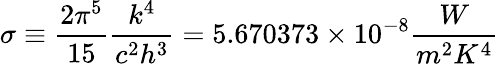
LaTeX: \sigma\equiv{\frac{2\pi^{5}}{15}}{\frac{k^{4}}{c^{2}h^{3}}}=5.670373\times 10^{-8}{\frac{W}{m^{2}K^{4}}}